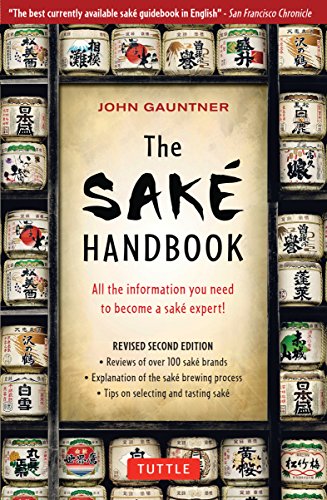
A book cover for The Sake Handbook: All the information you need to become a Sake Expert!; John Gauntner; Cookbooks, Food & Wine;